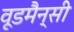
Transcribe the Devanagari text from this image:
वूडमैन्सी